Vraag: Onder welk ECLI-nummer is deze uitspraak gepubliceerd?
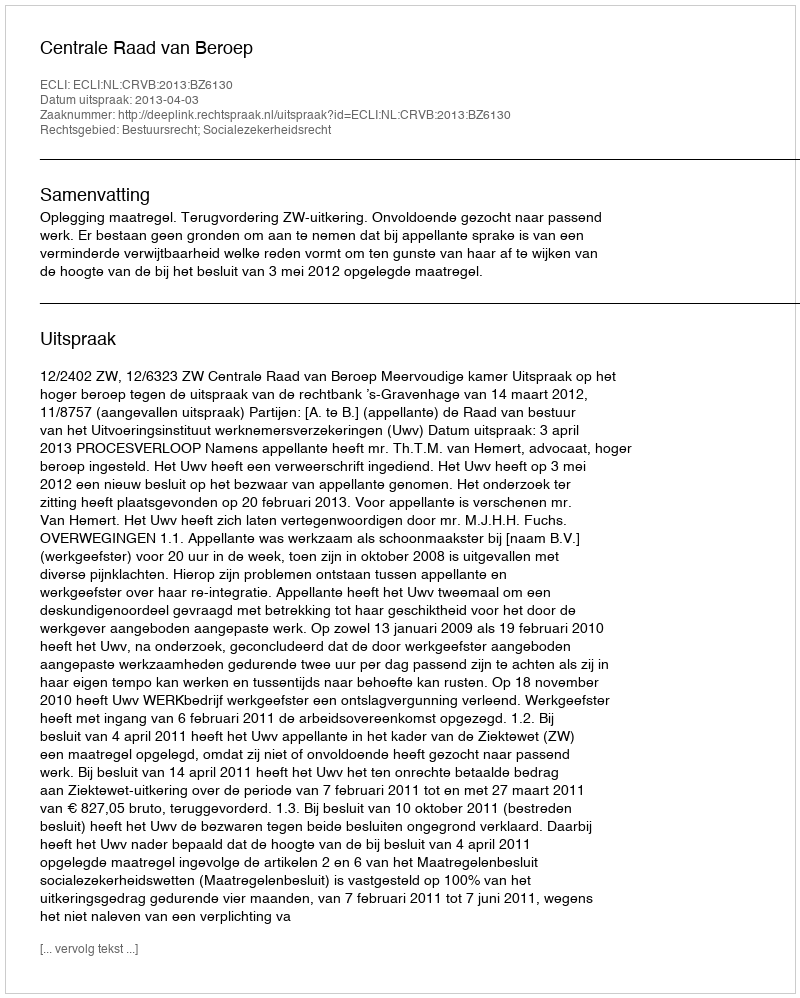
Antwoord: ECLI:NL:CRVB:2013:BZ6130